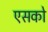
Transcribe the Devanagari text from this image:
एसको